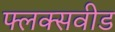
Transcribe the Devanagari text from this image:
फ्लक्सवीड